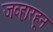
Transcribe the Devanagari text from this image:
जव्हारहून